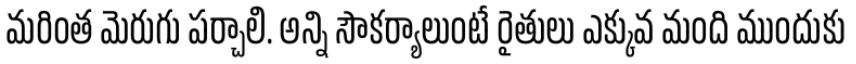
మరింత మెరుగు పర్చాలి. అన్ని సౌకర్యాలుంటే రైతులు ఎక్కువ మంది ముందుకు